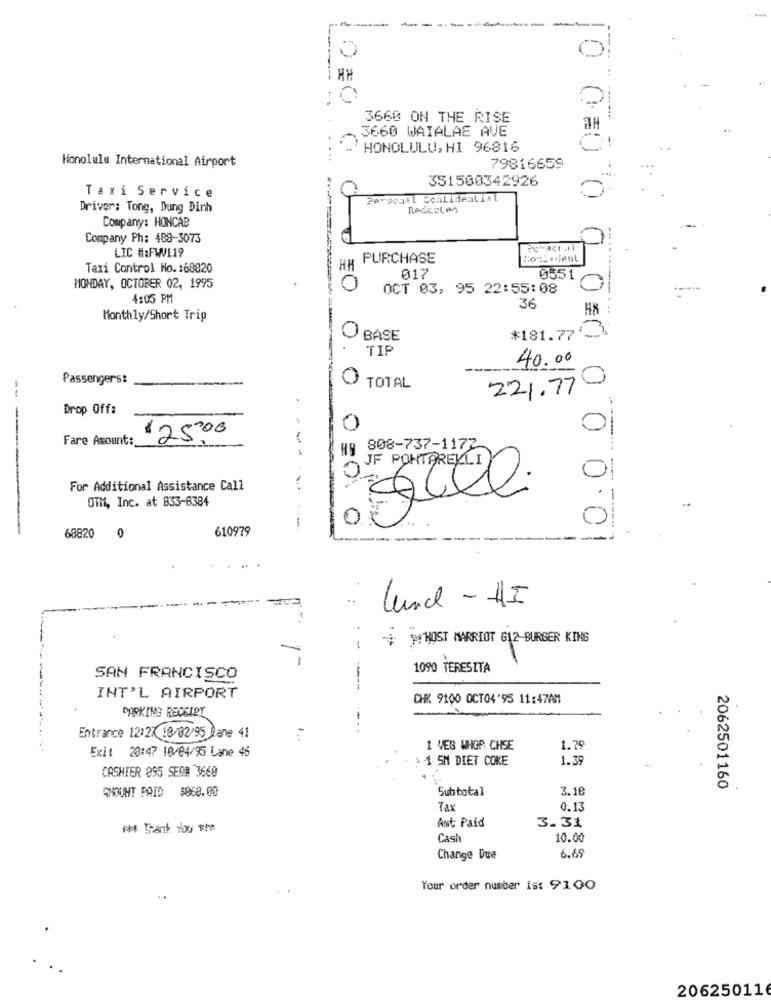
-
--
C
0 gO
3660 ON THE RISE
3660 WAIALAE AVE
HONOLULU, H1 96816
Honolulu International Airport
...
79816659
351500342926
Taxi Service
C
Personil Coalideali+1
Driver: Tong, Dung Dinh
Redesled
Company: HONCAB
Company Ph: 489-3075
LIC #:FW119
PURCHASE
Taxi Control No .: 68820
HH
017
0551/
MONDAY, OCTOBER 02, 1995
OCT 03, 95 22:55:08
4:05 PM
36
Monthly/Short Trip
BASE
*181.77'-
0 0:0 0 00 =(
TIP
40.00
Passengers:
TOTAL
221.770
Drop Off:
0
Fare Amount :_
'25.00
808-737-1177
JF PONTARELLI
0
For Additional Assistance Call
OTh, Inc. at 833-8384
610979
0
68820
0
₹0000.01
Lunch - HI
* * NOST MARRIOT 612-BURGER KING
-
-
1090 TERESITA
SAN FRANCISCO
--
INT'L AIRPORT
CHR 9100 OCT04'95 11:47AM
PARKING RECELOT
Entrance 12:27 18/02/95 Dane 41
Exit 20:47 10/04/95 Lane 45
1 VEB WHOP CHSE
1.79
1. 5M DIET COKE
1.39
CASHIER 895 SED# 3660
SHOWHT PAID $068.00
Subtotal
3.18
2062501160
Tax
0.13
Ant Paid
3.31
** Thank You the
Casi
10.00
Change Due
6.69
Your order number is: 91.00
206250116